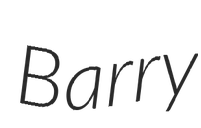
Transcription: Barry